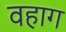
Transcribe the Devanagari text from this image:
वहाग